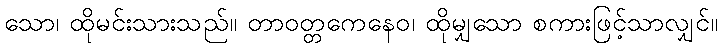
သော၊ ထိုမင်းသားသည်။ တာဝတ္တကေနေဝ၊ ထိုမျှသော စကားဖြင့်သာလျှင်။